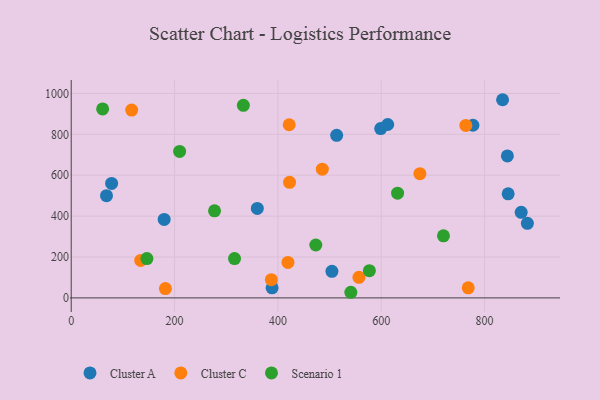
{"axis": {"x": "Speed", "y": "Rating"}, "legend": ["Cluster A", "Cluster C", "Scenario 1"], "data": [{"x": "78.2", "y": 559.7, "type": "Cluster A"}, {"x": "504.6", "y": 129.8, "type": "Cluster A"}, {"x": "68.3", "y": 500.1, "type": "Cluster A"}, {"x": "777.5", "y": 844.5, "type": "Cluster A"}, {"x": "360.2", "y": 437.4, "type": "Cluster A"}, {"x": "388.8", "y": 49.2, "type": "Cluster A"}, {"x": "870.9", "y": 418.6, "type": "Cluster A"}, {"x": "845.7", "y": 509.0, "type": "Cluster A"}, {"x": "612.6", "y": 848.0, "type": "Cluster A"}, {"x": "834.9", "y": 969.3, "type": "Cluster A"}, {"x": "844.2", "y": 694.3, "type": "Cluster A"}, {"x": "513.8", "y": 795.0, "type": "Cluster A"}, {"x": "179.9", "y": 383.7, "type": "Cluster A"}, {"x": "882.9", "y": 364.7, "type": "Cluster A"}, {"x": "599.0", "y": 828.1, "type": "Cluster A"}, {"x": "419.5", "y": 173.4, "type": "Cluster C"}, {"x": "763.8", "y": 843.6, "type": "Cluster C"}, {"x": "182.3", "y": 45.5, "type": "Cluster C"}, {"x": "117.0", "y": 918.9, "type": "Cluster C"}, {"x": "556.9", "y": 100.6, "type": "Cluster C"}, {"x": "486.0", "y": 629.7, "type": "Cluster C"}, {"x": "768.4", "y": 49.2, "type": "Cluster C"}, {"x": "134.5", "y": 183.2, "type": "Cluster C"}, {"x": "421.9", "y": 847.0, "type": "Cluster C"}, {"x": "674.9", "y": 607.8, "type": "Cluster C"}, {"x": "387.4", "y": 89.2, "type": "Cluster C"}, {"x": "422.6", "y": 565.2, "type": "Cluster C"}, {"x": "277.4", "y": 425.9, "type": "Scenario 1"}, {"x": "209.8", "y": 716.6, "type": "Scenario 1"}, {"x": "631.7", "y": 512.2, "type": "Scenario 1"}, {"x": "146.5", "y": 192.2, "type": "Scenario 1"}, {"x": "473.4", "y": 258.7, "type": "Scenario 1"}, {"x": "316.1", "y": 192.2, "type": "Scenario 1"}, {"x": "541.2", "y": 27.5, "type": "Scenario 1"}, {"x": "720.5", "y": 303.4, "type": "Scenario 1"}, {"x": "333.2", "y": 942.0, "type": "Scenario 1"}, {"x": "60.8", "y": 924.2, "type": "Scenario 1"}, {"x": "577.1", "y": 133.1, "type": "Scenario 1"}]}